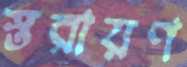
স্তরায়ণ